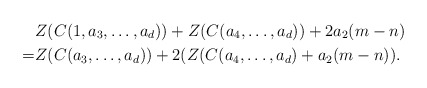
\begin{align*}&Z(C(1,a_3,\ldots,a_d))+ Z(C(a_4,\ldots,a_d))+2a_2(m-n)\\=&Z(C(a_3,\ldots,a_d))+2(Z(C(a_4,\ldots,a_d)+a_2(m-n)).\end{align*}